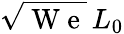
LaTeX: \sqrt{\mathrm{~W~e~}}\, L_{0}